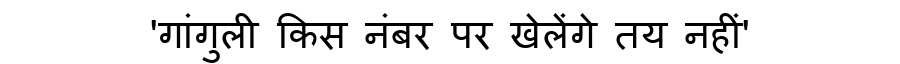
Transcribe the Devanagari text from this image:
'गांगुली किस नंबर पर खेलेंगे तय नहीं'